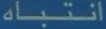
انتباه